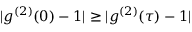
| g ^ { ( 2 ) } ( 0 ) - 1 | \ge | g ^ { ( 2 ) } ( \tau ) - 1 |